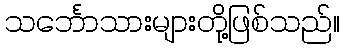
သင်္ဘောသားများတို့ဖြစ်သည်။